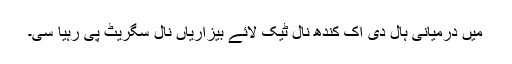
میں درمیانی ہال دی اک کندھ نال ٹیک لائے بیزاریاں نال سگریٹ پی رہیا سی۔